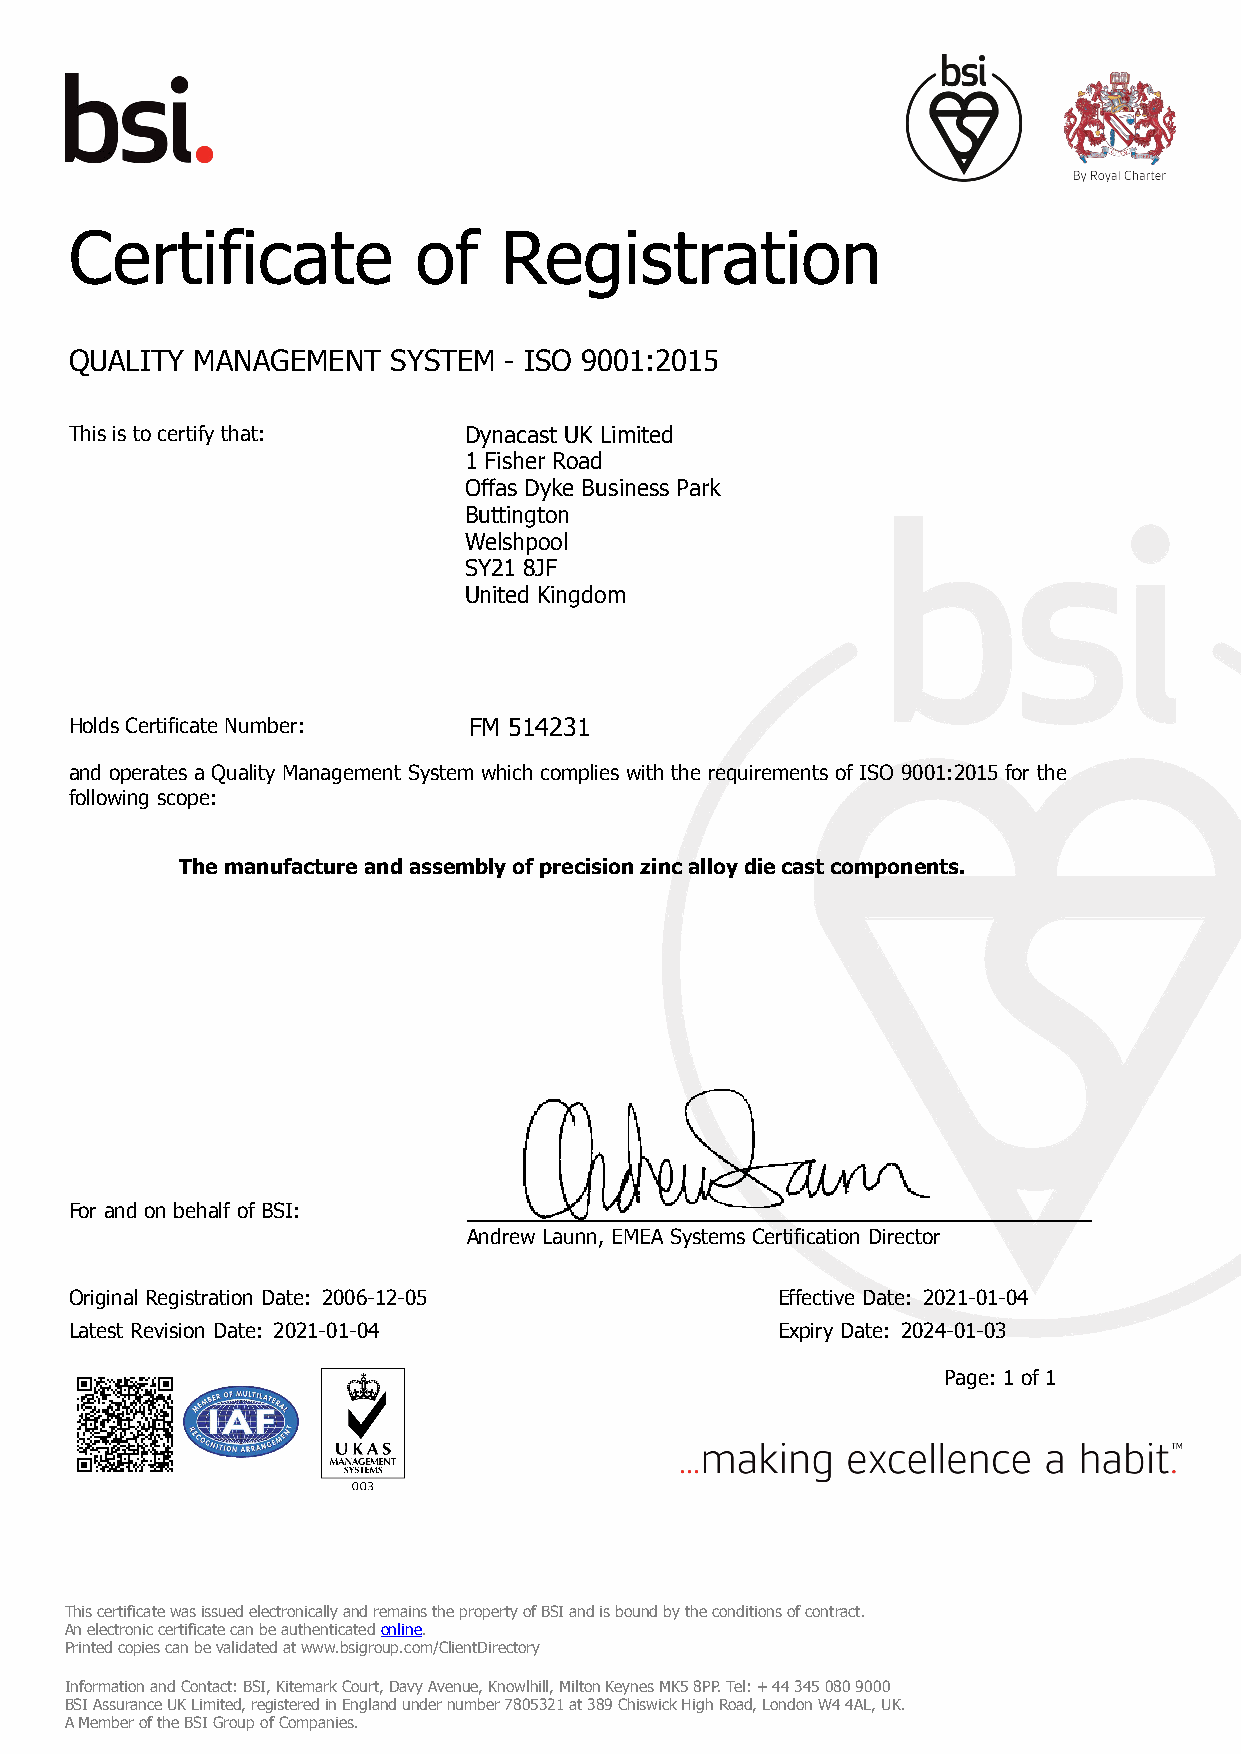
Certificate           of    Registration
 QUALITY MANAGEMENT   SYSTEM - ISO 9001:2015
 This is to certify that:  Dynacast UK Limited
 1 Fisher Road
 Offas Dyke Business Park
 Buttington
 Welshpool
 SY21 8JF
 United Kingdom
 Holds Certificate Number: FM 514231
 and operates a Quality Management System which complies with the requirements of ISO 9001:2015 for the
 following scope:
 The manufacture and assembly of precision zinc alloy die cast components.
 For and on behalf of BSI:
 Andrew Launn, EMEA Systems Certification Director
 Original Registration Date: 2006-12-05        Effective Date: 2021-01-04
 Latest Revision Date: 2021-01-04              Expiry Date: 2024-01-03
 Page: 1 of 1
 This certificate was issued electronically and remains the property of BSI and is bound by the conditions of contract.
 An electronic certificate can be authenticated online.
 Printed copies can be validated at www.bsigroup.com/ClientDirectory
 Information and Contact: BSI, Kitemark Court, Davy Avenue, Knowlhill, Milton Keynes MK5 8PP. Tel: + 44 345 080 9000
 BSI Assurance UK Limited, registered in England under number 7805321 at 389 Chiswick High Road, London W4 4AL, UK.
 A Member of the BSI Group of Companies.